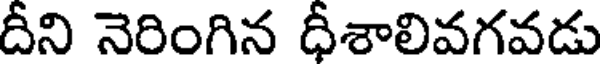
దీని నెరింగిన ధీశాలివగవడు